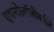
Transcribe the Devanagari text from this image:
एथनोलॉजीकलि